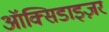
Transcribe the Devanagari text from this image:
ऑक्सिडाइज़र